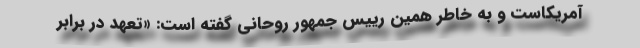
آمریکاست و به خاطر همین رییس جمهور روحانی گفته است: «تعهد در برابر